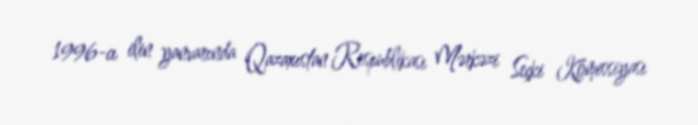
1996-cı ilin yanvarında Qazaxıstan Respublikası Mərkəzi Seçki Komissiyası